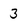
Character: 3